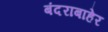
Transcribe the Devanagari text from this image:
बंदराबाहेर